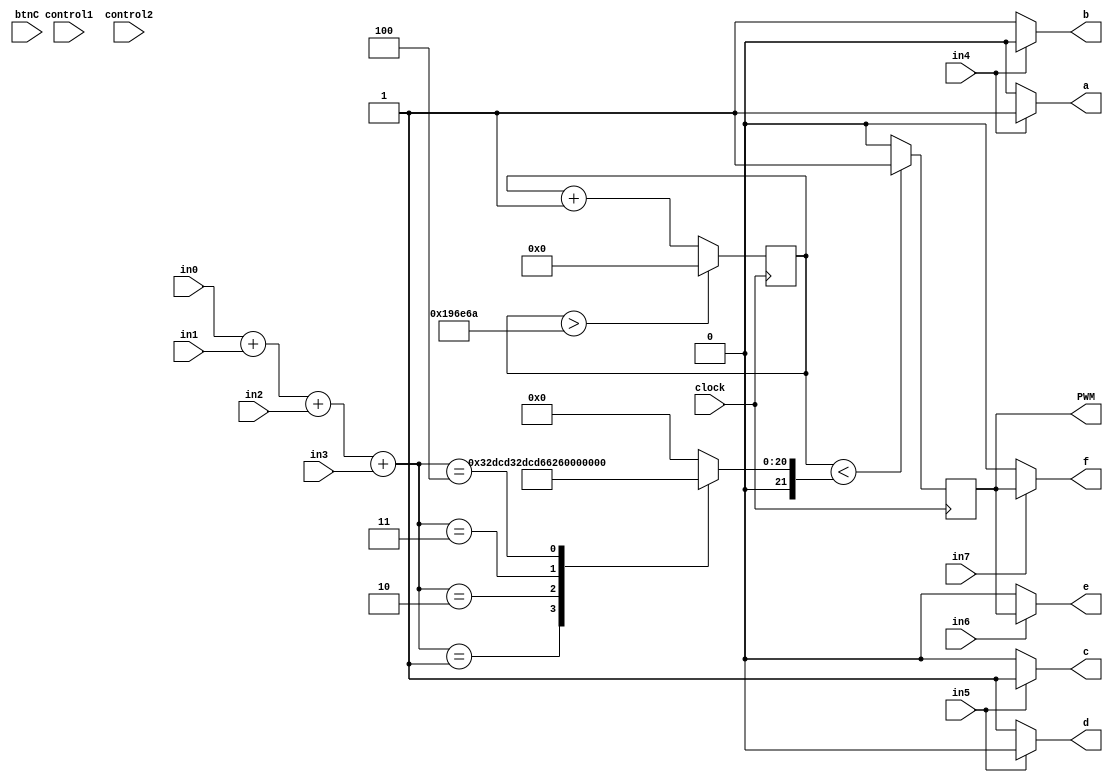
`timescale 1ns / 1ps
//////////////////////////////////////////////////////////////////////////////////
// Company: 
// Engineer: 
// 
// Design Name: 
// Module Name: MovementModule
// Project Name: 
// Target Devices: 
// Tool Versions:
// Description: 
// 
// Dependencies: 
// 
// Revision:
// Revision 0.01 - File Created
// Additional Comments:
// 
//////////////////////////////////////////////////////////////////////////////////


module MovementModule(
    input clock,
    input in0, in1, in2, in3, in4, in5, in6, in7,
    input btnC,
    output PWM,
    input wire control1, control2,
    output reg a,b,c,d,e,f
    );
    
    localparam N = 18;
    
    //TODO: Review all regs used, are all of them neccesary?
    reg temp = 1;
    reg temp2 = 0;
    
    //100000000/60 = 1666666.667
    //log    (1666666.67) = 20.6 round up to 21
    //   (2)
    
    
    //100000000/9600 = 10416.667
    //log (base 2) (10416.667) = 14 (rounded up)
   
    reg [21:0] counter;
    reg [21:0] counter2;
    reg [21:0] width;
    reg [27:0] safety_count;
    reg temp_PWM;
    reg temptest;
    integer speed;
    reg [7:0]sseg;
    integer safety;
    integer i;
    reg testFRQ;
    
    initial begin
    testFRQ = 0;
    safety = 0;
    safety_count = 0;
    counter = 0;
    width = 0;
    temp_PWM = 0;
    end
    
    
    //baudrate of color sensor 9600
    always@(posedge clock) begin
        
        if (counter2 > 5000)
        begin
            counter2 <= 0;
            testFRQ = ~testFRQ;
        end
        else
            counter2 <= counter2 +1;
                
        if (counter > 1666666)
            counter <= 0;
        else if (safety == 0)
            counter <= counter +1;
            
        
        if(counter < width)
           temp_PWM <= 1;
        else 
           temp_PWM <= 0;   
              
            
//        //If Current is over 1Amp for over .07 seconds, change the safety state
//        if (control1 || control2) begin
//        //Counts to make sure motors are pulling more than 1 Amp for .07 seconds
//         if(safety_count > 7000000)
//            safety=1; 
//         else 
//            safety_count <= safety_count +1;     
//        end
          
//        else begin 
//            safety_count = 0;
//            //reset safety state
//            if(btnC) 
//                safety = 0;
//        end
        
            
    end

    // 100% duty cycle is 1666666.67
    //  75% duty cycle is 1250000
    //  50% duty cycle is 833333.33
    //  25% duty cycle is 416666.67 
    always @ (*)
    begin
    speed = (in0 + in1 + in2 + in3);
    
    case (speed)
    1 : width = 416666;     
    2 : width = 833333;
    3 : width = 1250000;
    4 : width = 1666666;
    default : width = 0;    
    endcase
    
    
    temptest = in0;
    
    if(in4) begin
        a = temp;
        b = temp2;
        end
    else begin
        a = temp2;
        b = temp;
        end
    if(in5) begin
        c = temp;
        d = temp2;
        end
    else begin
        c = temp2;
        d = temp;
        end  
        
    if (in6 && safety == 0) begin
        e = temp_PWM;
        end
    else begin
        e = temp2;
        end
        
    if (in7 && safety == 0) begin
        f = temp_PWM;
        end
    else begin
        f = temp2;
        end
        
        
    end
    
assign testfrq = testFRQ;
assign PWM = temp_PWM;
    
endmodule